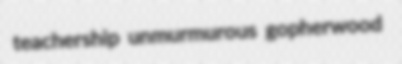
teachership unmurmurous gopherwood